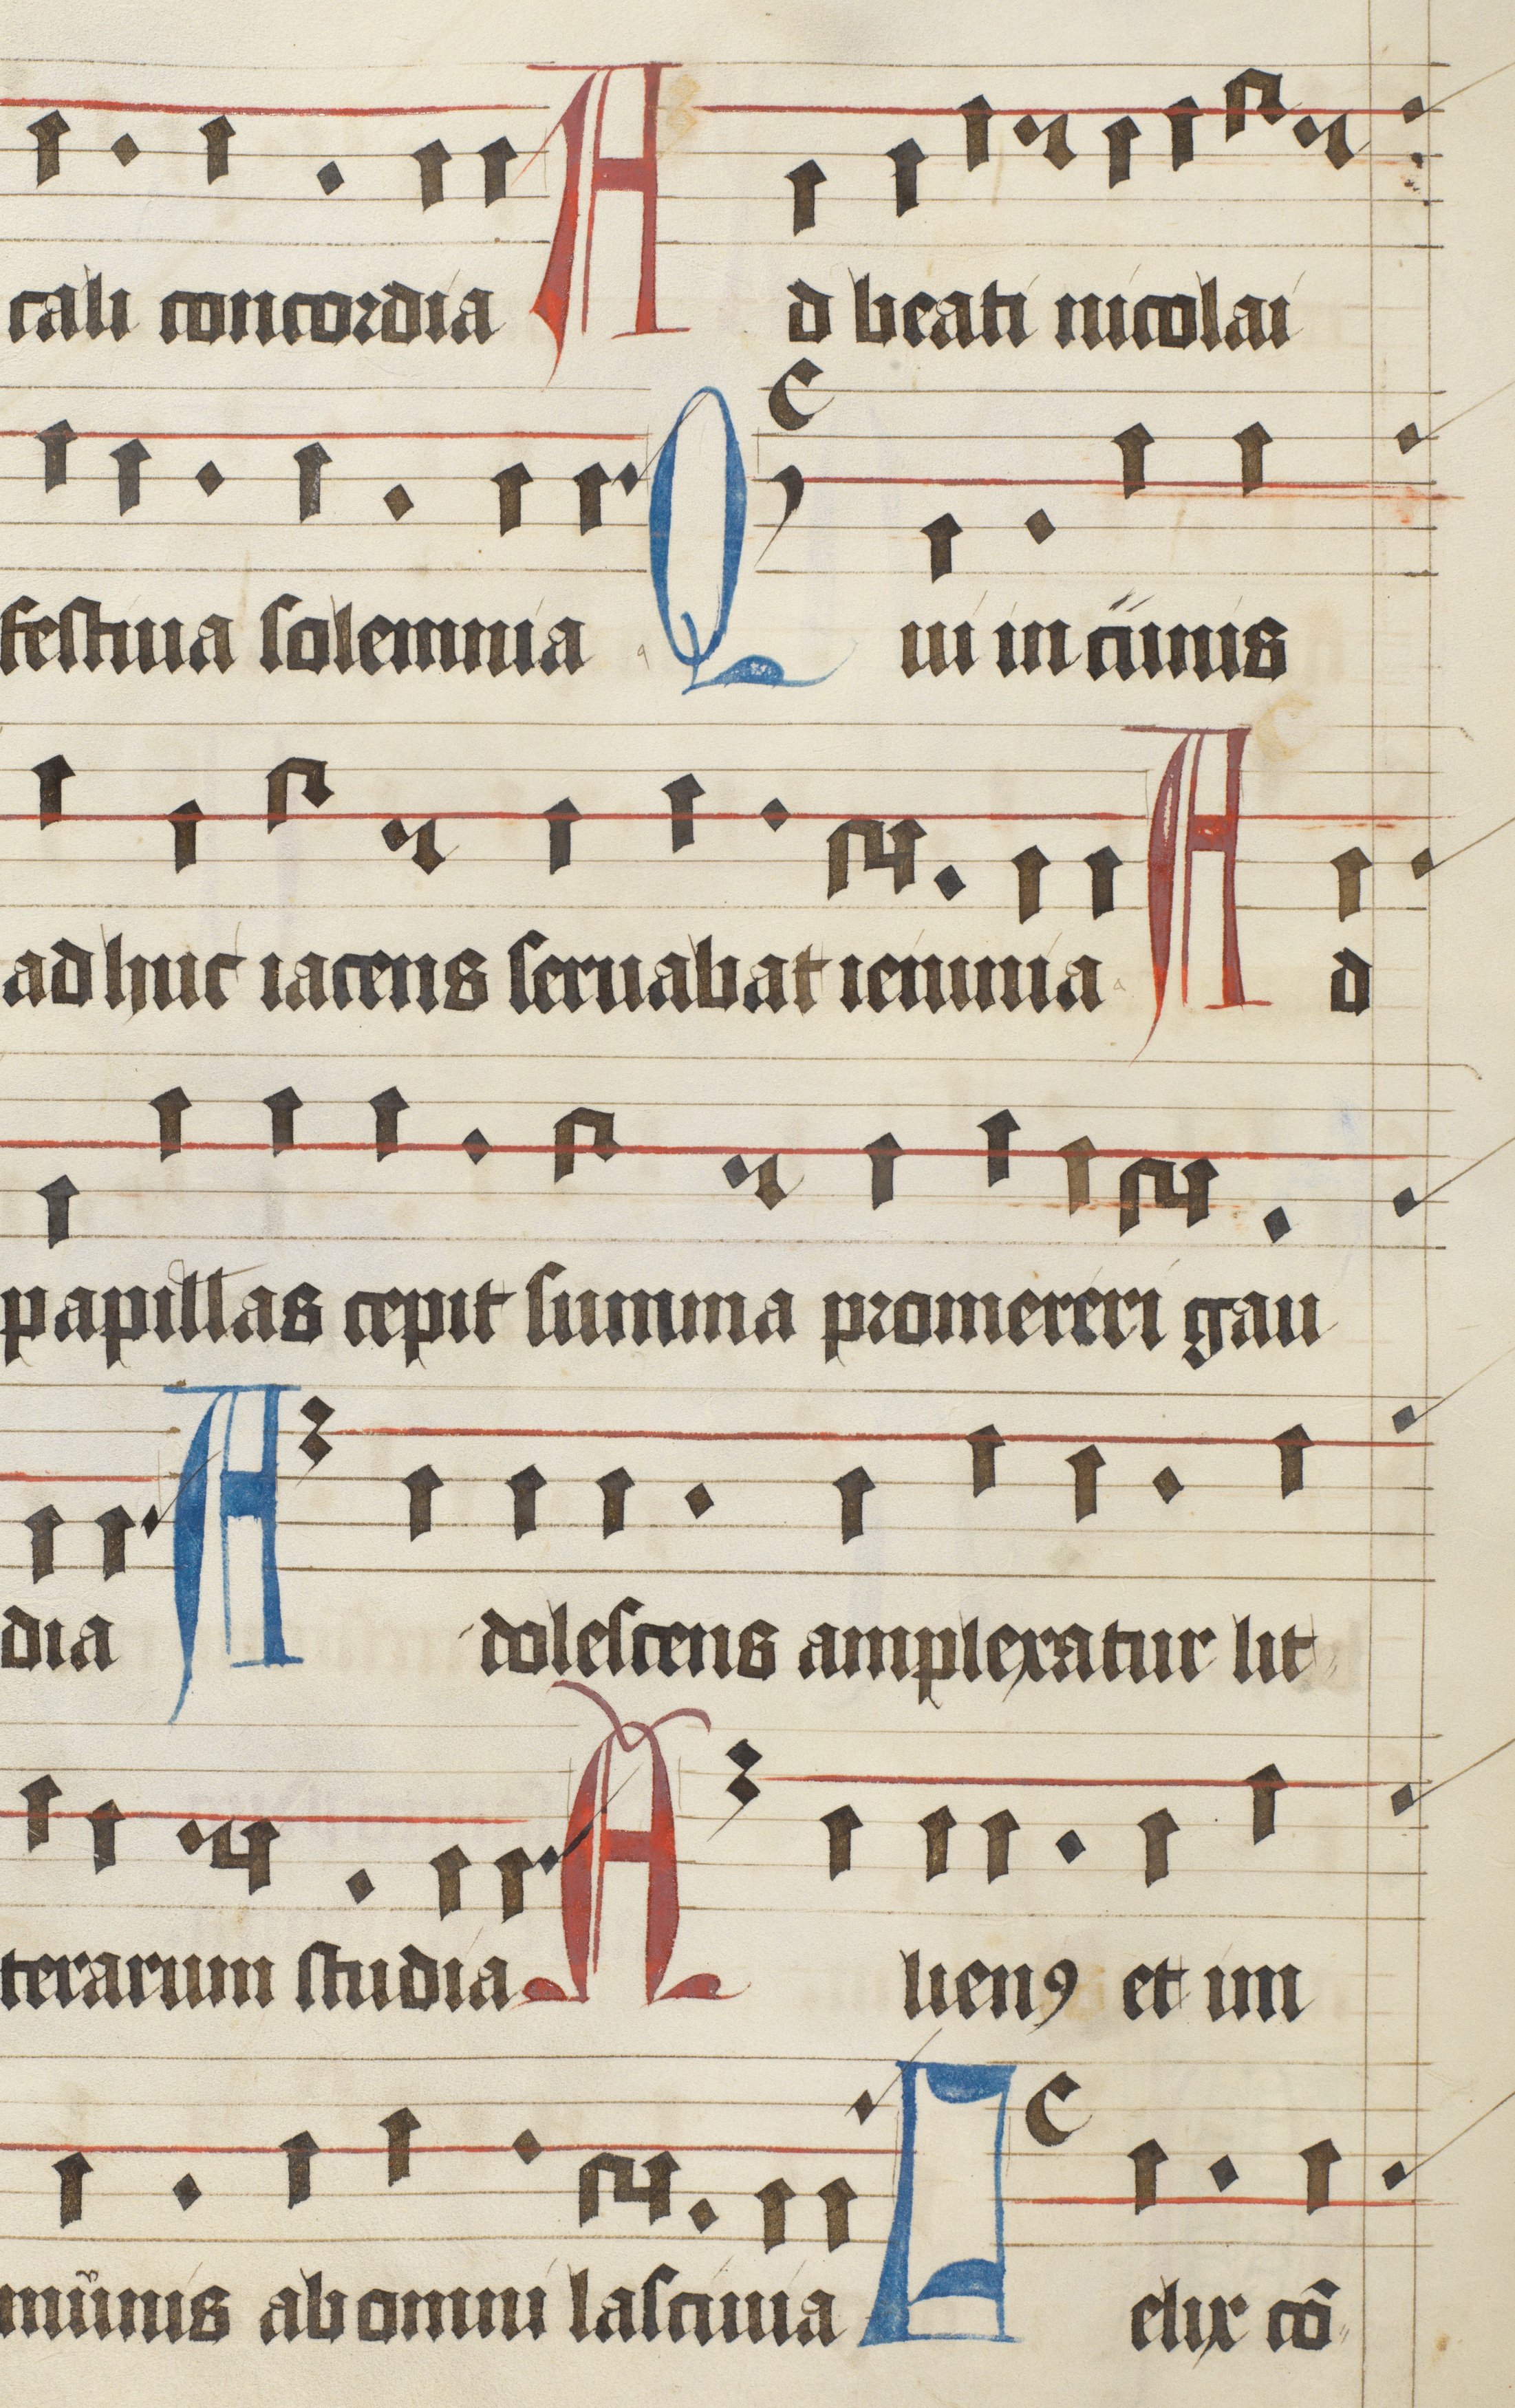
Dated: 1475–1499